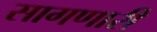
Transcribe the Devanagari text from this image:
सागणारी